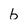
Character: b